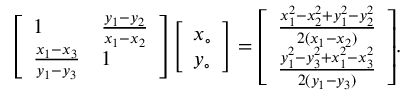
{ \left[ \begin{array} { l l } { 1 } & { { \frac { y _ { 1 } - y _ { 2 } } { x _ { 1 } - x _ { 2 } } } } \\ { { \frac { x _ { 1 } - x _ { 3 } } { y _ { 1 } - y _ { 3 } } } } & { 1 } \end{array} \right] } { \left[ \begin{array} { l } { x _ { \circ } } \\ { y _ { \circ } } \end{array} \right] } = { \left[ \begin{array} { l } { { \frac { x _ { 1 } ^ { 2 } - x _ { 2 } ^ { 2 } + y _ { 1 } ^ { 2 } - y _ { 2 } ^ { 2 } } { 2 ( x _ { 1 } - x _ { 2 } ) } } } \\ { { \frac { y _ { 1 } ^ { 2 } - y _ { 3 } ^ { 2 } + x _ { 1 } ^ { 2 } - x _ { 3 } ^ { 2 } } { 2 ( y _ { 1 } - y _ { 3 } ) } } } \end{array} \right] } .